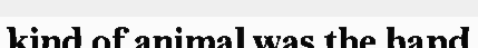
kind of animal was the hand